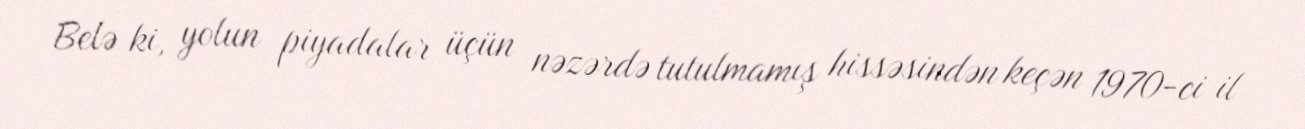
Belə ki, yolun piyadalar üçün nəzərdə tutulmamış hissəsindən keçən 1970-ci il